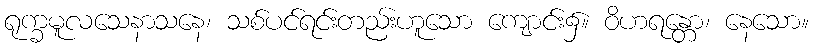
ရုက္ခမူလသေနာသနေ၊ သစ်ပင်ရင်းတည်းဟူသော ကျောင်း၌။ ဝိဟရန္တော၊ နေသော။